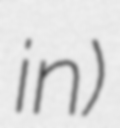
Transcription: in)